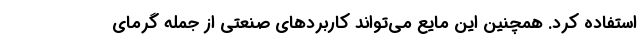
استفاده کرد. همچنین این مایع می‌تواند کاربردهای صنعتی از جمله گرمای